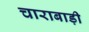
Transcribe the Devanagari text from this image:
चाराबाड़ी